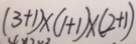
( 3 + 1 ) \times ( 1 + 1 ) \times ( 2 + 1 )